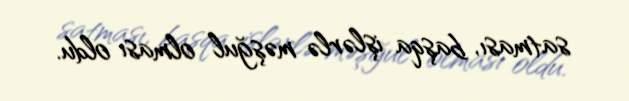
satması, başqa işlərlə məşğul olması oldu.